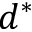
d ^ { * }